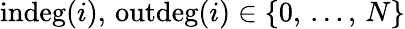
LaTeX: \operatorname{indeg}(i),\, \operatorname{outdeg}(i)\in\{ 0,\, \dots,\, N\}